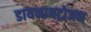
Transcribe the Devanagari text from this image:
डायनायट्रोजन